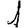
Digit: 1